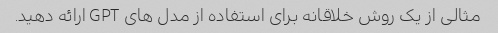
مثالی از یک روش خلاقانه برای استفاده از مدل های GPT ارائه دهید.